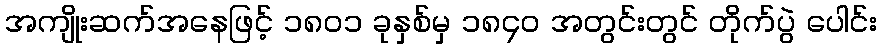
အကျိုးဆက်အနေဖြင့် ၁၈၀၁ ခုနှစ်မှ ၁၈၄၀ အတွင်းတွင် တိုက်ပွဲ ပေါင်း